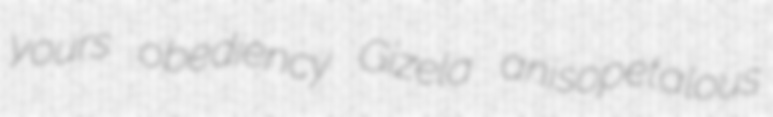
yours obediency Gizela anisopetalous